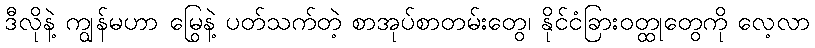
ဒီလိုနဲ့ ကျွန်မဟာ မြွေနဲ့ ပတ်သက်တဲ့ စာအုပ်စာတမ်းတွေ၊ နိုင်ငံခြားဝတ္ထုတွေကို လေ့လာ